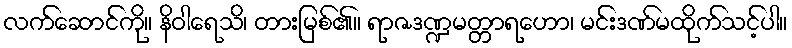
လက်ဆောင်ကို။ နိဝါရေသိ၊ တားမြစ်၏။ ရာဇဒဏ္ဍမတ္တာရဟော၊ မင်းဒဏ်မထိုက်သင့်ပါ။